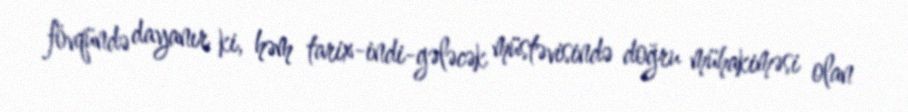
fövqündə dayanır ki, həm tarix-indi-gələcək müstəvisində doğru mühakiməsi olan